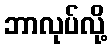
ဘာလုပ်လို့